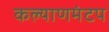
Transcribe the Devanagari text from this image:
कल्याणमंटप